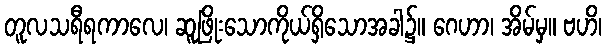
တူလသရီရကာလေ၊ ဆူဖြိုးသောကိုယ်ရှိသောအခါ၌။ ဂေဟာ၊ အိမ်မှ။ ဗဟိ၊